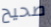
صحيح